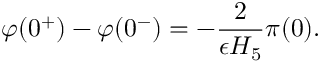
\varphi ( 0 ^ { + } ) - \varphi ( 0 ^ { - } ) = - { \frac { 2 } { \epsilon H _ { 5 } } } \pi ( 0 ) .